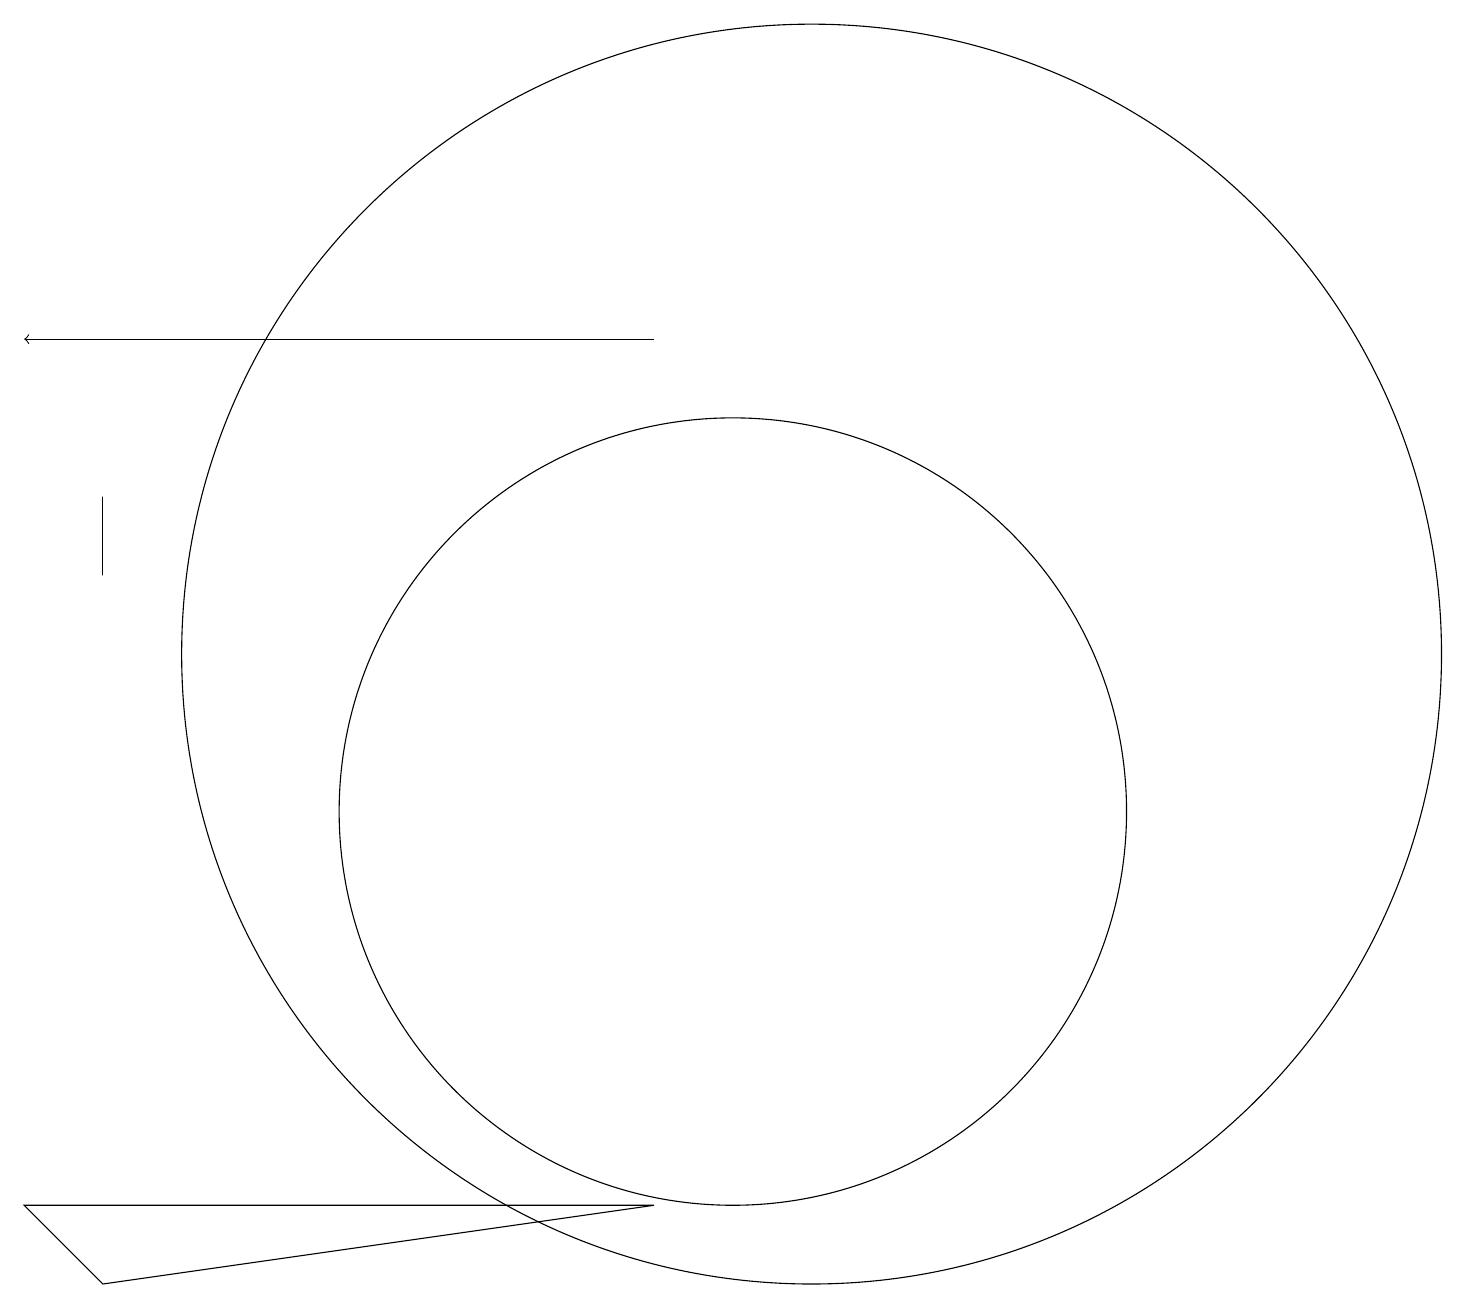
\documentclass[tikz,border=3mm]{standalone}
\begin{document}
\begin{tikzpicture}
\draw (2,4) -- (9,5) -- (1,5) -- cycle;
\draw (2,13) rectangle (2,14);
\draw (10,10) circle (5);
\draw[->] (9,16) -- (1,16);
\draw (11,12) circle (8);
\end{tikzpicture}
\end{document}